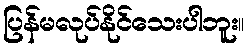
ပြန်မလုပ်နိုင်သေးပါဘူး။